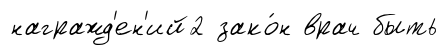
награжд'ен'ий2 зако́н врач быть